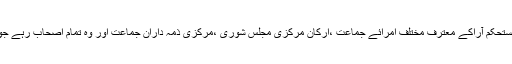
ان کی اصابت فکر اور ان کی مستحکم آراکے معترف مختلف امرائے جماعت ،ارکان مرکزی مجلس شوریٰ ،مرکزی ذمہ داران جماعت اور وہ تمام اصحاب رہے جو ان کے ساتھ کام کرتے رہے ۔